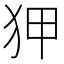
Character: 狎